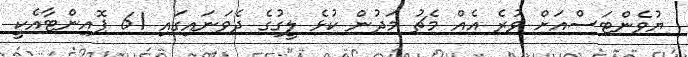
ޔުވެންޓަސްއަށް ވުރެ އެއް މެޗު މަދުން ކުޅެ ލީގުގެ ދެވަނައިގައި 61 ޕޮއިންޓާއެކީ